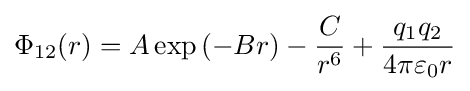
\Phi _{12}(r)=A\exp \left(-Br\right)-{\frac {C}{r^{6}}}+{\frac {q_{1}q_{2}}{4\pi \varepsilon _{0}r}}